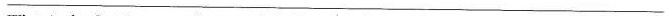
___